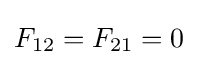
F_{12}=F_{21}=0